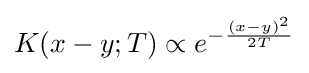
K(x-y;T)\propto e^{-{\frac {(x-y)^{2}}{2T}}}